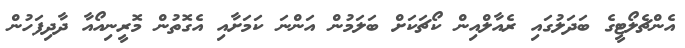
އެންޗެލޯޓީގެ ބަދަލުގައި ރެއާލްއިން ކޯޗަކަށް ބަލަމުން އަންނަ ކަމަށާއި އެގޮތުން މޮރީނިއޯއާ ދާދިފަހުން